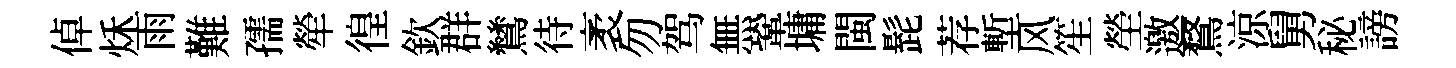
倬秌雨難孺犖徨欽群鷥待袤勿驾無鞏墉閩髭荐塹风笙塋邀鶩涼舅秘謗